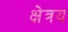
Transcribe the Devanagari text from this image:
क्षेत्रय